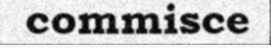
commisce